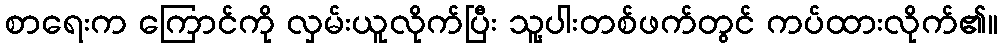
စာရေးက ကြောင်ကို လှမ်းယူလိုက်ပြီး သူ့ပါးတစ်ဖက်တွင် ကပ်ထားလိုက်၏။